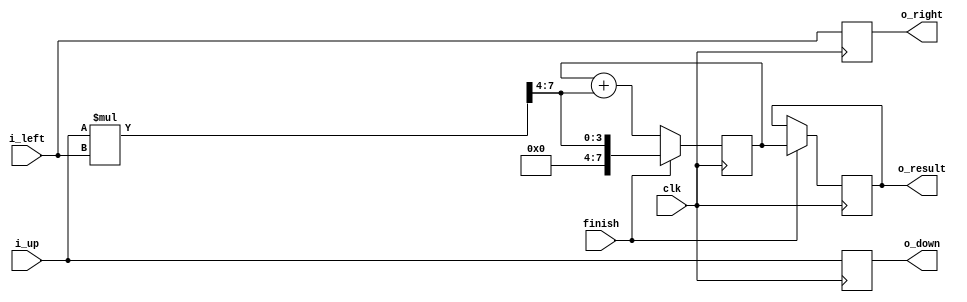
module single_PE_rounded #(
  parameter DATA_WIDTH = 8,
  parameter Half_WIDTH = 4
)(
  input clk,
  input finish,
  input [DATA_WIDTH-1 : 0] i_up,
  input [DATA_WIDTH-1 : 0] i_left,
  output reg [DATA_WIDTH-1 : 0] o_down,
  output reg [DATA_WIDTH-1 : 0] o_right,
  output reg [DATA_WIDTH-1 : 0] o_result = 0  
);
  reg  [DATA_WIDTH-1 : 0] partial_sum = 0;
  wire [DATA_WIDTH-1 : 0] x;
  assign x = (i_up*i_left) >> Half_WIDTH;
  always @(posedge clk) begin
    o_down      <= i_up;
    o_right     <= i_left;
    o_result    <= finish ? partial_sum : o_result;
    partial_sum <= finish ? x : (partial_sum + x);
  end
endmodule


module single_kernel #(
  parameter SIZE = 8,
  parameter DATA_WIDTH = 16
) (
  input clk,
  input [SIZE*SIZE-1:0] finish,                   //                       
  input [SIZE*DATA_WIDTH-1:0] in_up,              //          n_n ---- n_1                        
  input [SIZE*DATA_WIDTH-1:0] in_left,            //           |        |      
  output [SIZE*DATA_WIDTH-1:0] pass_down,         //           |        |        
  output [SIZE*DATA_WIDTH-1:0] pass_right,        //          1_n ---- 1_1              
  output [SIZE*SIZE*DATA_WIDTH-1:0] out_matrix,   //  
  output [SIZE*DATA_WIDTH-1:0] out_diagonal       //  serialized_index(i,j) = (i-1)*SIZE + j 
);
  genvar i,j,k;
  wire [SIZE*SIZE*DATA_WIDTH-1:0] inner_pass_down;
  wire [SIZE*SIZE*DATA_WIDTH-1:0] inner_pass_right;
  generate
    for (i=SIZE; i>=1; i=i-1) begin
      for (j=SIZE; j>=1; j=j-1) begin
        if (i==SIZE && j==SIZE) begin           // the upper-left PE
          single_PE_rounded # (DATA_WIDTH, DATA_WIDTH/2) 
          pe (clk, finish      [(i-1)*SIZE+j-1], 
              in_up            [j*DATA_WIDTH-1                -:DATA_WIDTH], 
              in_left          [i*DATA_WIDTH-1                -:DATA_WIDTH],
              inner_pass_down  [((i-1)*SIZE+j)*DATA_WIDTH-1   -:DATA_WIDTH], 
              inner_pass_right [((i-1)*SIZE+j)*DATA_WIDTH-1   -:DATA_WIDTH],
              out_matrix       [((i-1)*SIZE+j)*DATA_WIDTH-1   -:DATA_WIDTH]);
        end else if (i==SIZE && j!=SIZE) begin  // PEs in the upper-most row
          single_PE_rounded # (DATA_WIDTH, DATA_WIDTH/2) 
          pe (clk, finish      [(i-1)*SIZE+j-1], 
              in_up            [j*DATA_WIDTH-1 -:DATA_WIDTH], 
              inner_pass_right [((i-1)*SIZE+j+1)*DATA_WIDTH-1 -:DATA_WIDTH],
              inner_pass_down  [((i-1)*SIZE+j)*DATA_WIDTH-1   -:DATA_WIDTH],
              inner_pass_right [((i-1)*SIZE+j)*DATA_WIDTH-1   -:DATA_WIDTH],
              out_matrix       [((i-1)*SIZE+j)*DATA_WIDTH-1   -:DATA_WIDTH]);
        end else if (i!=SIZE && j==SIZE) begin  // PEs in the left-most column
          single_PE_rounded # (DATA_WIDTH, DATA_WIDTH/2) 
          pe (clk, finish      [(i-1)*SIZE+j-1], 
              inner_pass_down  [((i-1+1)*SIZE+j)*DATA_WIDTH-1 -:DATA_WIDTH], 
              in_left          [i*DATA_WIDTH-1                -:DATA_WIDTH],
              inner_pass_down  [((i-1)*SIZE+j)*DATA_WIDTH-1   -:DATA_WIDTH], 
              inner_pass_right [((i-1)*SIZE+j)*DATA_WIDTH-1   -:DATA_WIDTH],
              out_matrix       [((i-1)*SIZE+j)*DATA_WIDTH-1   -:DATA_WIDTH]);
        end else begin                          // PEall other PEs
          single_PE_rounded # (DATA_WIDTH, DATA_WIDTH/2) 
          pe (clk, finish      [(i-1)*SIZE+j-1], 
              inner_pass_down  [((i-1+1)*SIZE+j)*DATA_WIDTH-1 -:DATA_WIDTH], 
              inner_pass_right [((i-1)*SIZE+j+1)*DATA_WIDTH-1 -:DATA_WIDTH],
              inner_pass_down  [((i-1)*SIZE+j)*DATA_WIDTH-1   -:DATA_WIDTH], 
              inner_pass_right [((i-1)*SIZE+j)*DATA_WIDTH-1   -:DATA_WIDTH],
              out_matrix       [((i-1)*SIZE+j)*DATA_WIDTH-1   -:DATA_WIDTH]);
        end end end
  endgenerate
  generate
    for (k=SIZE; k>=1; k=k-1) begin
      // pass data downward to other PE arays
      // pass data rightward to other PE arays      
      //   output results in diagonal position            
      assign  pass_down        [k*DATA_WIDTH-1              -:DATA_WIDTH]
            = inner_pass_down  [((1-1)*SIZE+k)*DATA_WIDTH-1 -:DATA_WIDTH];
      assign  pass_right       [k*DATA_WIDTH-1              -:DATA_WIDTH] 
            = inner_pass_right [((k-1)*SIZE+1)*DATA_WIDTH-1 -:DATA_WIDTH];     
      assign  out_diagonal     [k*DATA_WIDTH-1              -:DATA_WIDTH] 
            = out_matrix       [((k-1)*SIZE+k)*DATA_WIDTH-1 -:DATA_WIDTH];  
    end      
  endgenerate
endmodule